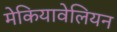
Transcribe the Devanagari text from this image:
मेकियावेलियन